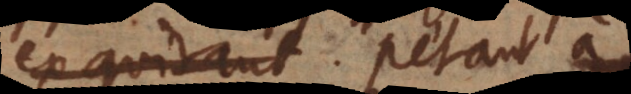
exquirant. petant a